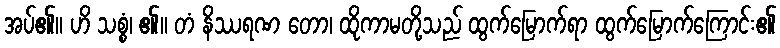
အပ်၏။ ဟိ သစ္စံ၊ ၏။ တံ နိဿရဏ တော၊ ထိုကာမတို့သည် ထွက်မြောက်ရာ ထွက်မြောက်ကြောင်း၏